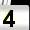
Digit: 4